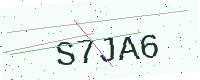
Text: S7JA6